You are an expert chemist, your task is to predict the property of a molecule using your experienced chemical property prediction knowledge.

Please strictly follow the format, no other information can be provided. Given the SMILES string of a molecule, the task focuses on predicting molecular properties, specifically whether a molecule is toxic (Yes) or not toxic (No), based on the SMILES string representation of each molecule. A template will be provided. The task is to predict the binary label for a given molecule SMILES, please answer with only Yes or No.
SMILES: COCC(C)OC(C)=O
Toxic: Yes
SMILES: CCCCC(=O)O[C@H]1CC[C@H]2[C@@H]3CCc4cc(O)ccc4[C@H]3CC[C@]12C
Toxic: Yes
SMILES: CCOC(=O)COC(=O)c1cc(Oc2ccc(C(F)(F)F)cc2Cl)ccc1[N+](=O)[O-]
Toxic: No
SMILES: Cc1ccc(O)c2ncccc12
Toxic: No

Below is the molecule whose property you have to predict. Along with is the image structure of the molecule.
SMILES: CC[n+]1c(-c2ccccc2)c2cc(N)ccc2c2ccc(N)cc21
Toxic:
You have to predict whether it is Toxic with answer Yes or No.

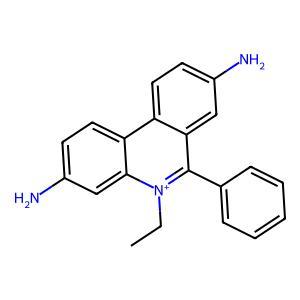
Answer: No